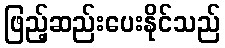
ဖြည့်ဆည်းပေးနိုင်သည်